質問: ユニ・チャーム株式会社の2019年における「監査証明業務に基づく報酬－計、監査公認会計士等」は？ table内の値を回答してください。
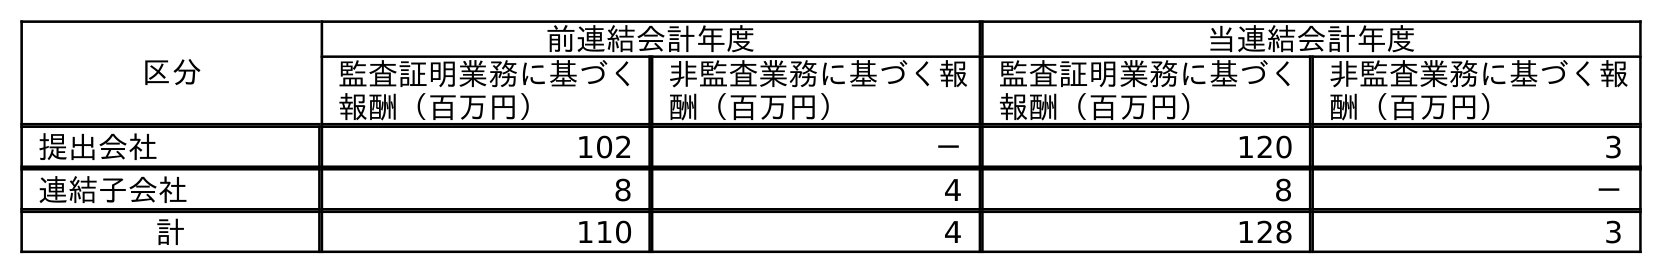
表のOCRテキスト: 区分 前連結会計年度 当連結会計年度 監査証明業務に基づく 報酬（百万円） 非監査業務に基づく報 酬（百万円） 監査証明業務に基づく 報酬（百万円） 非監査業務に基づく報 酬（百万円） 提出会社 102 － 120 3 連結子会社 8 4 8 － 計 110 4 128 3
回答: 110